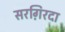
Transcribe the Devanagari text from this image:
सरग़िरदा